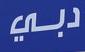
دبي